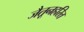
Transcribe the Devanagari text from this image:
जैतूनहरित